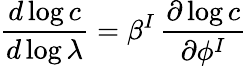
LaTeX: {\frac{d\log c}{d\log\lambda}}=\beta^{I}\, {\frac{\partial\log c}{\partial\phi^{I}}}